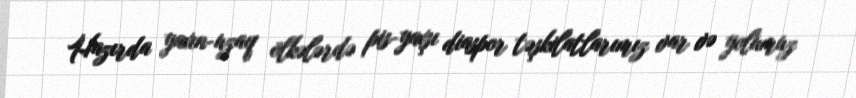
Hazırda yaxın-uzaq ölkələrdə pis-yaxşı diaspor təşkilatlarımız var və yolumuz